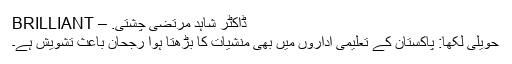
ڈاکٹر شاہد مرتضی چشتی. – BRILLIANT
حویلی لکھا: پاکستان کے تعلیمی اداروں میں بھی منشیات کا بڑھتا ہوا رجحان باعثِ تشویش ہے۔